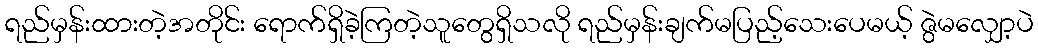
ရည်မှန်းထားတဲ့အတိုင်း ရောက်ရှိခဲ့ကြတဲ့သူတွေရှိသလို ရည်မှန်းချက်မပြည့်သေးပေမယ့် ဇွဲမလျှော့ပဲ